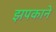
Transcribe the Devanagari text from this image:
झपकाने